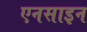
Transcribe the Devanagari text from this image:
एनसाइन